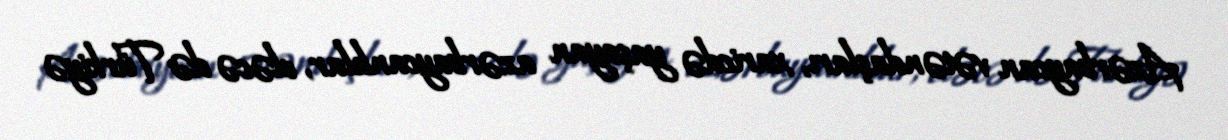
Azərbaycan vətəndaşları, xaricdə yaşayan azərbaycanlılar, eləcə də Türkiyə